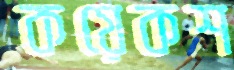
কয়েকশ